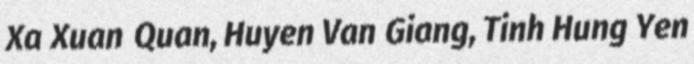
Xa Xuan Quan, Huyen Van Giang, Tinh Hung Yen